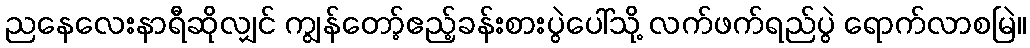
ညနေလေးနာရီဆိုလျှင် ကျွန်တော့်ဧည့်ခန်းစားပွဲပေါ်သို့ လက်ဖက်ရည်ပွဲ ရောက်လာစမြဲ။